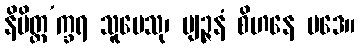
နိမိတ္တ’က္ခရ သူပေသု၊ ဗျဉ္ဇနံ စိဟနေ ပဒေ။